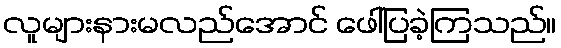
လူများနားမလည်အောင် ဖေါ်ပြခဲ့ကြသည်။